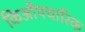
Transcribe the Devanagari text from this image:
किऔपचारिक